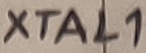
Text: XTAL1